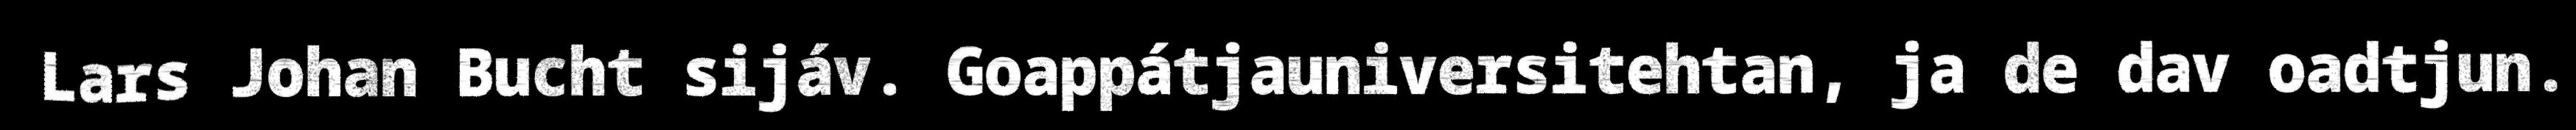
Lars Johan Bucht sijáv. Goappátjauniversitehtan, ja de dav oadtjun.